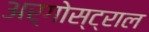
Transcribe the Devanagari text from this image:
अर्गोस्ट्राल